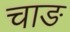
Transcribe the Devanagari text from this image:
चाङ